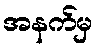
အနက်မှ